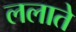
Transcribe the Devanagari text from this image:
ललाते